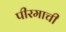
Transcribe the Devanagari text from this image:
पीरमाची